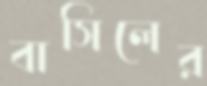
বাসিলের